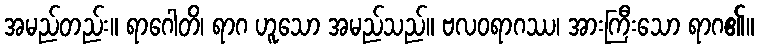
အမည်တည်း။ ရာဂေါတိ၊ ရာဂ ဟူသော အမည်သည်။ ဗလဝရာဂဿ၊ အားကြီးသော ရာဂ၏။